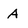
Character: A